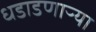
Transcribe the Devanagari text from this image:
धडाडणाऱ्या